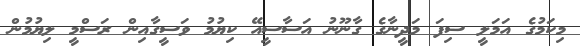
މިކަމުގެ އަމަލީ ސިފަ މަދީނާގެ ގާނޫނު އަސާސީއޭ ކިޔުމު ވަސީގާއިން ރަސްމީ ލިޔުމުން